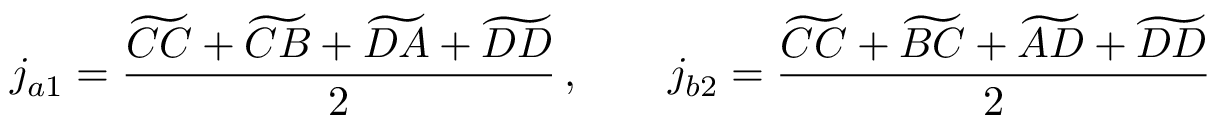
j _ { a 1 } = \frac { \widetilde { C C } + \widetilde { C B } + \widetilde { D A } + \widetilde { D D } } { 2 } \, , \qquad j _ { b 2 } = \frac { \widetilde { C C } + \widetilde { B C } + \widetilde { A D } + \widetilde { D D } } { 2 }